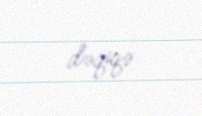
dəqiqə.